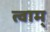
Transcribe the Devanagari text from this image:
त्वाम्